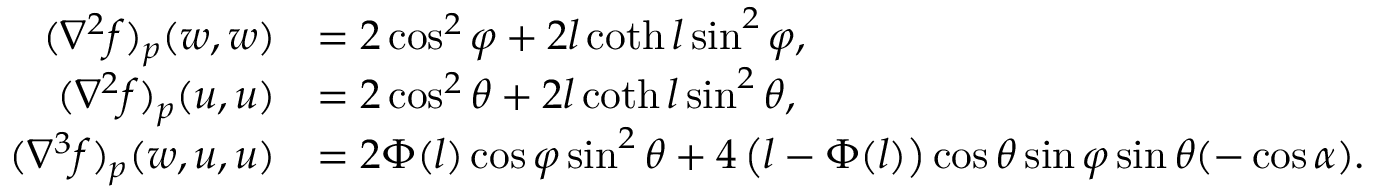
\begin{array} { r l } { ( \nabla ^ { 2 } f ) _ { p } ( w , w ) } & { = 2 \cos ^ { 2 } \varphi + 2 l \coth l \sin ^ { 2 } \varphi , } \\ { ( \nabla ^ { 2 } f ) _ { p } ( u , u ) } & { = 2 \cos ^ { 2 } \theta + 2 l \coth l \sin ^ { 2 } \theta , } \\ { ( \nabla ^ { 3 } f ) _ { p } ( w , u , u ) } & { = 2 \Phi ( l ) \cos \varphi \sin ^ { 2 } \theta + 4 \left( l - \Phi ( l ) \right) \cos \theta \sin \varphi \sin \theta ( - \cos \alpha ) . } \end{array}